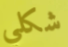
شكلي